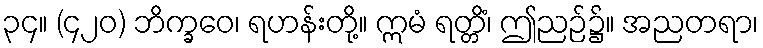
၃၄။ (၄၂၀) ဘိက္ခဝေ၊ ရဟန်းတို့။ ဣမံ ရတ္တိံ၊ ဤညဉ်၌။ အညတရာ၊